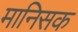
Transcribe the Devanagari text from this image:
मानिसक